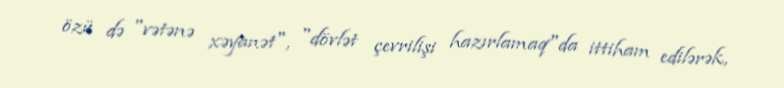
özü də "vətənə xəyanət", "dövlət çevrilişi hazırlamaq"da ittiham edilərək,